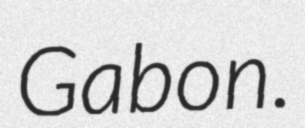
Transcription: Gabon.